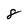
Character: 8